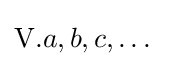
\mathrm {V} .a,b,c,\dots